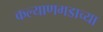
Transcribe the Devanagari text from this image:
कल्याणगडाच्या